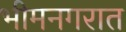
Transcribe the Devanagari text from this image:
भीमनगरात